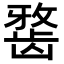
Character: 𪚐